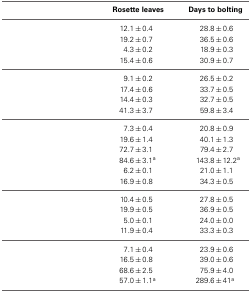
<table><thead><tr><td>[EMPTY_CELL]</td><td>[EMPTY_CELL]</td><td><b>Rosette leaves</b></td><td><b>Days to bolting</b></td></tr></thead><tbody><tr><td>[EMPTY_CELL]</td><td>[EMPTY_CELL]</td><td>12.1 ± 0.4</td><td>28.8 ± 0.6</td></tr><tr><td>[EMPTY_CELL]</td><td>[EMPTY_CELL]</td><td>19.2 ± 0.7</td><td>36.5 ± 0.6</td></tr><tr><td>[EMPTY_CELL]</td><td>[EMPTY_CELL]</td><td>4.3 ± 0.2</td><td>18.9 ± 0.3</td></tr><tr><td>[EMPTY_CELL]</td><td>[EMPTY_CELL]</td><td>15.4 ± 0.6</td><td>30.9 ± 0.7</td></tr><tr><td>[EMPTY_CELL]</td><td>[EMPTY_CELL]</td><td>9.1 ± 0.2</td><td>26.5 ± 0.2</td></tr><tr><td>[EMPTY_CELL]</td><td>[EMPTY_CELL]</td><td>17.4 ± 0.6</td><td>33.7 ± 0.5</td></tr><tr><td>[EMPTY_CELL]</td><td>[EMPTY_CELL]</td><td>14.4 ± 0.3</td><td>32.7 ± 0.5</td></tr><tr><td>[EMPTY_CELL]</td><td>[EMPTY_CELL]</td><td>41.3 ± 3.7</td><td>59.8 ± 3.4</td></tr><tr><td>[EMPTY_CELL]</td><td>[EMPTY_CELL]</td><td>7.3 ± 0.4</td><td>20.8 ± 0.9</td></tr><tr><td>[EMPTY_CELL]</td><td>[EMPTY_CELL]</td><td>19.6 ± 1.4</td><td>40.1 ± 1.3</td></tr><tr><td>[EMPTY_CELL]</td><td>[EMPTY_CELL]</td><td>72.7 ± 3.1</td><td>79.4 ± 2.7</td></tr><tr><td>[EMPTY_CELL]</td><td>[EMPTY_CELL]</td><td>84.6 ± 3.1<sup>a</sup></td><td>143.8 ± 12.2<sup>a</sup></td></tr><tr><td>[EMPTY_CELL]</td><td>[EMPTY_CELL]</td><td>6.2 ± 0.1</td><td>21.0 ± 1.1</td></tr><tr><td>[EMPTY_CELL]</td><td>[EMPTY_CELL]</td><td>16.9 ± 0.8</td><td>34.3 ± 0.5</td></tr><tr><td>[EMPTY_CELL]</td><td>[EMPTY_CELL]</td><td>10.4 ± 0.5</td><td>27.8 ± 0.5</td></tr><tr><td>[EMPTY_CELL]</td><td>[EMPTY_CELL]</td><td>19.9 ± 0.5</td><td>36.9 ± 0.5</td></tr><tr><td>[EMPTY_CELL]</td><td>[EMPTY_CELL]</td><td>5.0 ± 0.1</td><td>24.0 ± 0.0</td></tr><tr><td>[EMPTY_CELL]</td><td>[EMPTY_CELL]</td><td>11.9 ± 0.4</td><td>33.3 ± 0.3</td></tr><tr><td>[EMPTY_CELL]</td><td>[EMPTY_CELL]</td><td>7.1 ± 0.4</td><td>23.9 ± 0.6</td></tr><tr><td>[EMPTY_CELL]</td><td>[EMPTY_CELL]</td><td>16.5 ± 0.8</td><td>39.0 ± 0.6</td></tr><tr><td>[EMPTY_CELL]</td><td>[EMPTY_CELL]</td><td>68.6 ± 2.5</td><td>75.9 ± 4.0</td></tr><tr><td>[EMPTY_CELL]</td><td>[EMPTY_CELL]</td><td>57.0 ± 1.1<sup>a</sup></td><td>289.6 ± 41<sup>a</sup></td></tr></tbody></table>